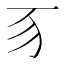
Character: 𬺻